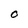
Character: O